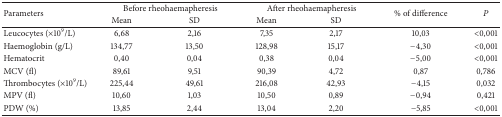
<table><thead><tr><td rowspan="2"><b>Parameters</b></td><td colspan="2"><b>Before rheohaemapheresis </b></td><td colspan="2"><b>After rheohaemapheresis </b></td><td rowspan="2"><b>% of difference</b></td><td rowspan="2"><b><i>P</i></b></td></tr><tr><td><b>Mean</b></td><td><b>SD</b></td><td><b>Mean</b></td><td><b>SD</b></td></tr></thead><tbody><tr><td>Leucocytes (×10<sup>9</sup>/L)</td><td>6,68</td><td>2,16</td><td>7,35</td><td>2,17</td><td>10,03</td><td>&lt;0,001</td></tr><tr><td>Haemoglobin (g/L)</td><td>134,77</td><td>13,50</td><td>128,98</td><td>15,17</td><td>−4,30</td><td>&lt;0,001</td></tr><tr><td>Hematocrit</td><td>0,40</td><td>0,04</td><td>0,38</td><td>0,04</td><td>−5,00</td><td>&lt;0,001</td></tr><tr><td>MCV (fl)</td><td>89,61</td><td>9,51</td><td>90,39</td><td>4,72</td><td>0,87</td><td>0,786</td></tr><tr><td>Thrombocytes (×10<sup>9</sup>/L)</td><td>225,44</td><td>49,61</td><td>216,08</td><td>42,93</td><td>−4,15</td><td>0,032</td></tr><tr><td>MPV (fl)</td><td>10,60</td><td>1,03</td><td>10,50</td><td>0,89</td><td>−0,94</td><td>0,421</td></tr><tr><td>PDW (%)</td><td>13,85</td><td>2,44</td><td>13,04</td><td>2,20</td><td>−5,85</td><td>&lt;0,001</td></tr></tbody></table>